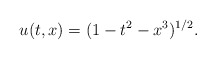
\begin{align*} u(t,x) = (1-t^2-x^3)^{1/2}. \end{align*}